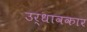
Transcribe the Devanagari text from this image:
उर्धावकार